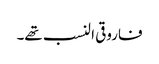
فاروقی النسب تھے۔